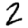
Digit: 2